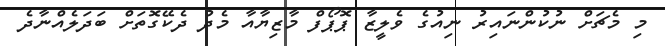
މި މެޗަށް ނުކުންނައިރު ނިއުގެ ވެލީޒާ ޕޮޕޯފް މާޒިޔާއާ މެދު ދެކޭގޮތަށް ބަދަލެއްނާދެ